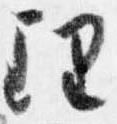
理